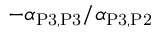
- \alpha _ { \mathrm { P 3 } , \mathrm { P 3 } } / \alpha _ { \mathrm { P 3 } , \mathrm { P 2 } }